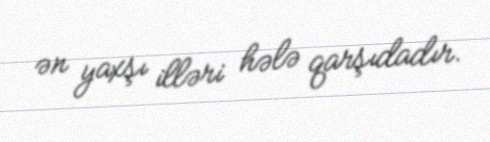
ən yaxşı illəri hələ qarşıdadır.